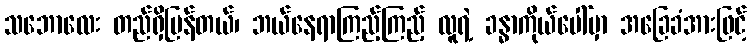
သဘောလေး တည်ရှိပြန်တယ်၊ ဘယ်နေရာကြည့်ကြည့် လူရဲ့ ခန္ဓာကိုယ်ပေါ်မှာ အခြေခံအားဖြင့်